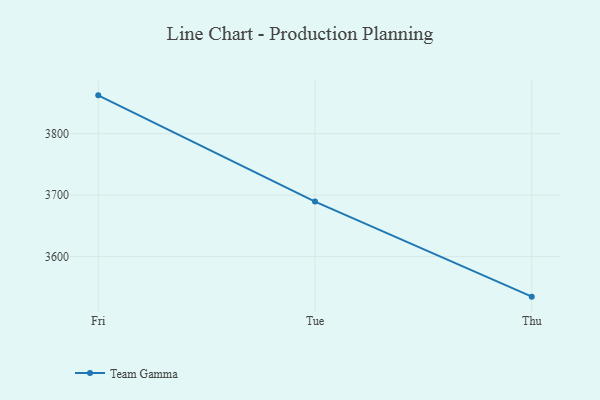
{"axis": {"x": "Day", "y": "Conversion Rate (%)"}, "legend": ["Team Gamma"], "data": [{"x": "Fri", "y": 3862.4, "type": "Team Gamma"}, {"x": "Tue", "y": 3689.5, "type": "Team Gamma"}, {"x": "Thu", "y": 3534.9, "type": "Team Gamma"}]}